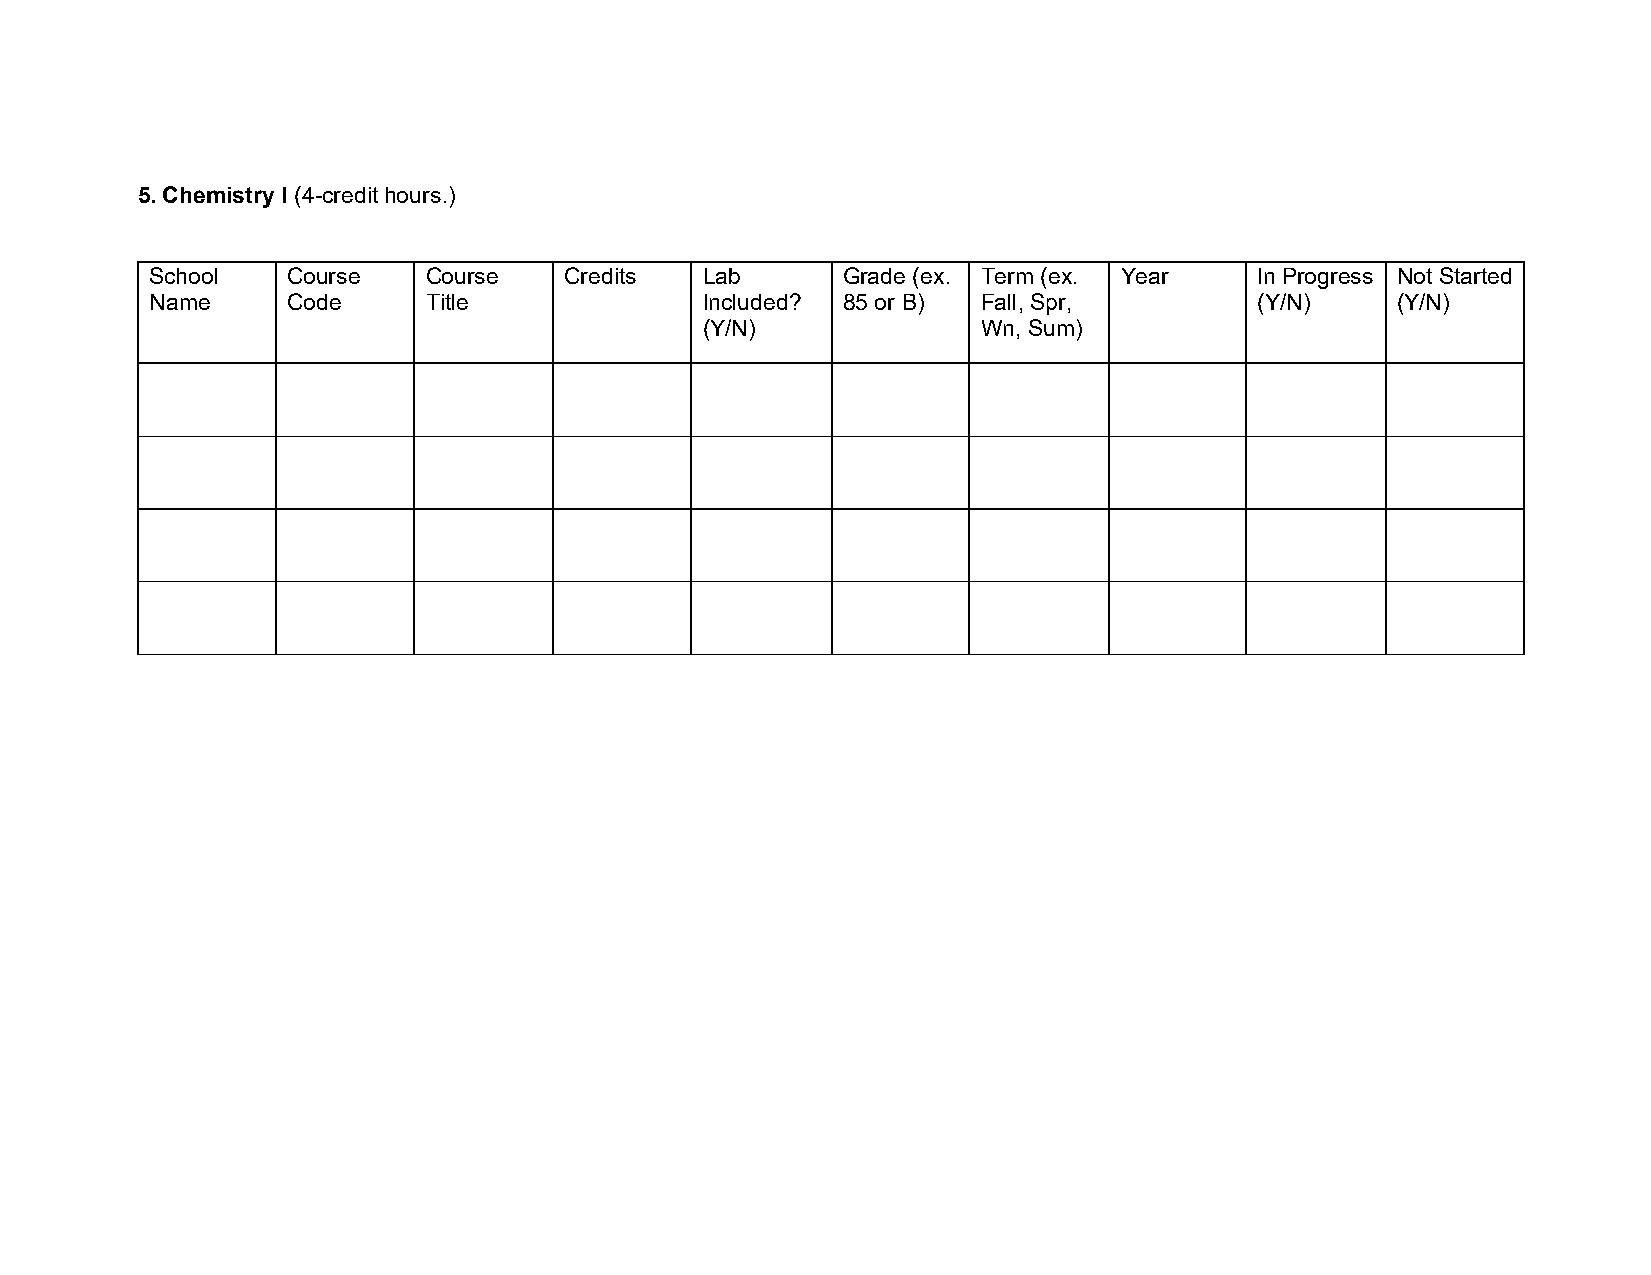
5. Chemistry I (4-credit hours.)
 School   Course   Course   Credits  Lab       Grade (ex. Term (ex. Year  In Progress Not Started
 Name     Code     Title             Included? 85 or B) Fall, Spr,        (Y/N)    (Y/N)
 (Y/N)              Wn, Sum)